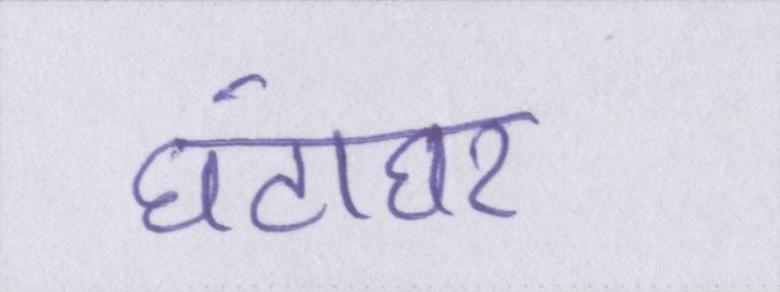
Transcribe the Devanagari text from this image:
घंटाघर